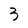
Character: 3